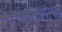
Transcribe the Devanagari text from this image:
प्रतिकुलतेमुळे